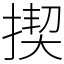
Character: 揳